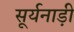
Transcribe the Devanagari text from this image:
सूर्यनाड़ी